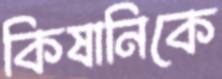
কিষানিকে